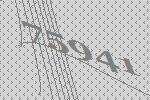
75941